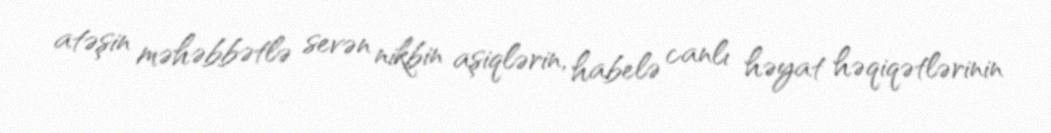
atəşin məhəbbətlə sevən nikbin aşiqlərin, habelə canlı həyat həqiqətlərinin